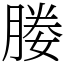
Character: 媵